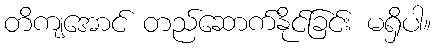
တိကျအောင် တည်ဆောက်နိုင်ခြင်း မရှိပါ။